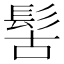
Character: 𩬩